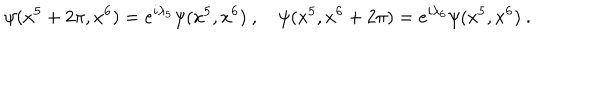
LaTeX: \psi ( x ^ { 5 } + 2 \pi , x ^ { 6 } ) = e ^ { i \lambda _ { 5 } } \psi ( x ^ { 5 } , x ^ { 6 } ) \ , \quad \psi ( x ^ { 5 } , x ^ { 6 } + 2 \pi ) = e ^ { i \lambda _ { 6 } } \psi ( x ^ { 5 } , x ^ { 6 } ) \ .